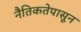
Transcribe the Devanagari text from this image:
नैतिकतेपासून